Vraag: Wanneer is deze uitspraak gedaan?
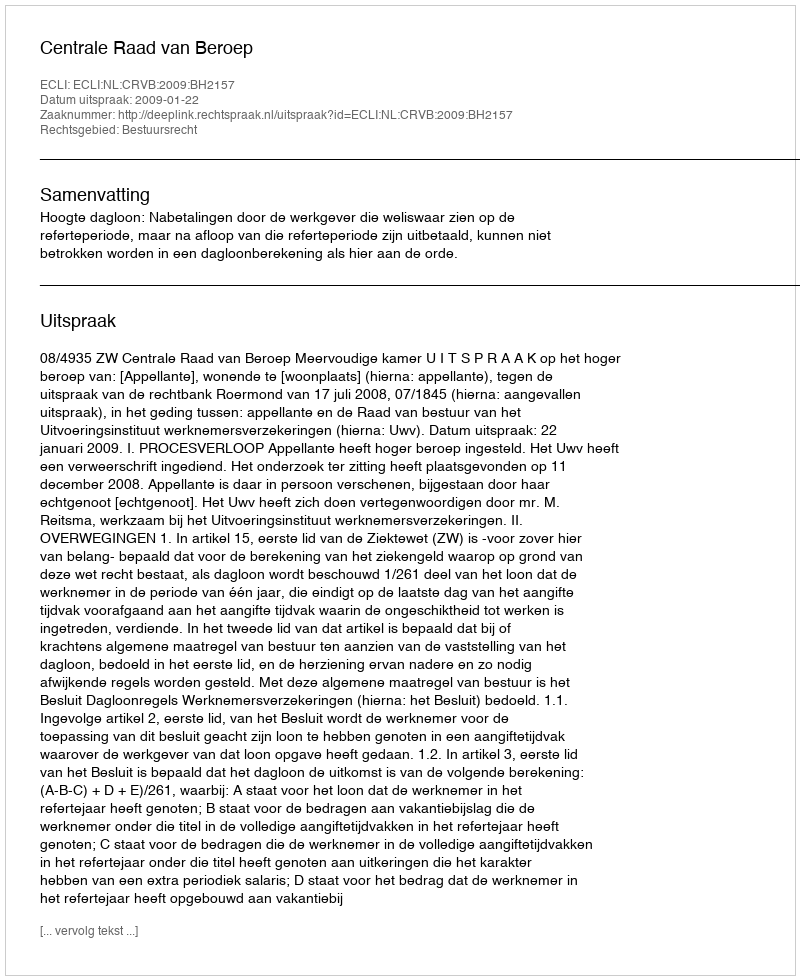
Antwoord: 2009-01-22